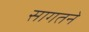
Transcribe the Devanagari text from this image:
सागतने